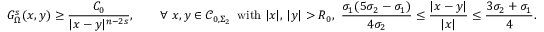
G _ { \Omega } ^ { s } ( x , y ) \geq \frac { C _ { 0 } } { | x - y | ^ { n - 2 s } } , \qquad \forall \, \, x , y \in \mathcal { C } _ { 0 , \Sigma _ { 2 } } \, \, \, \mathrm { w i t h } \, \, | x | , \, | y | > R _ { 0 } , \, \, \frac { \sigma _ { 1 } ( 5 \sigma _ { 2 } - \sigma _ { 1 } ) } { 4 \sigma _ { 2 } } \leq \frac { | x - y | } { | x | } \leq \frac { 3 \sigma _ { 2 } + \sigma _ { 1 } } { 4 } .